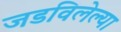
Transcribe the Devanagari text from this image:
जडविलेल्या